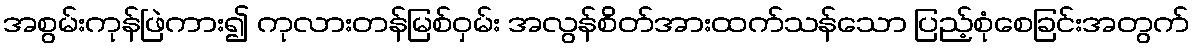
အစွမ်းကုန်ဖြဲကား၍ ကုလားတန်မြစ်ဝှမ်း အလွန်စိတ်အားထက်သန်သော ပြည့်စုံစေခြင်းအတွက်